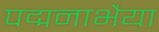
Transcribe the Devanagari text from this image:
पद्मनाभैया